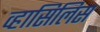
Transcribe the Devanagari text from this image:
व्हासिलिस